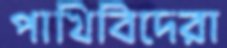
পাখিবিদেরা